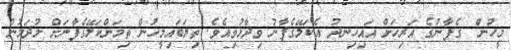
މީހުން  ގެފާނުގެ އަރިހަށް އައިހިނދު އެކަލޭގެފާނު ވިދާޅުވިއެވެ. ތިޔަބައިމީހުން ތިމަންކަލޭގެފާނަށް މުދަލުން